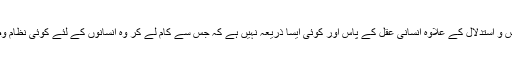
تجربہ اور قیاس و استدلال کے علاوہ انسانی عقل کے پاس اور کوئی ایسا ذریعہ نہیں ہے کہ جس سے کام لے کر وہ انسانوں کے لئے کوئی نظام وضع کر سکے۔